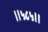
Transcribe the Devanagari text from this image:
॥५८५॥